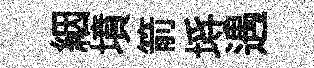
絪墳箭埓遇